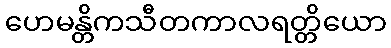
ဟေမန္တိကသီတကာလရတ္တိယော